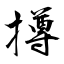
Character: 撙